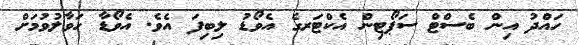
ހައްދު އިން ބެސްޓް ސަޕޯޓިން އެކްޓަރގެ އެވޯޑު ލިބިފަ އެވެ. އެވޯޑާ ހަވާލުވުމަށް